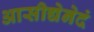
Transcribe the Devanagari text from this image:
आसीद्येनेदं